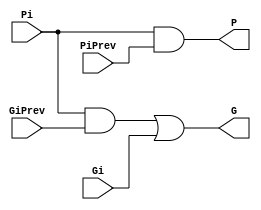

module BigCircle(output G, P, input Gi, Pi, GiPrev, PiPrev);
  
  wire e;
  and #(1) (e, Pi, GiPrev);
  or #(1) (G, e, Gi);
  and #(1) (P, Pi, PiPrev);
  
endmodule

module SmallCircle(output Ci, input Gi);
  
  buf #(1) (Ci, Gi);
  
endmodule

module Square(output G, P, input Ai, Bi);
  
  and #(1) (G, Ai, Bi);
  xor #(2) (P, Ai, Bi);
  
endmodule

module Triangle(output Si, input Pi, CiPrev);
  
  xor #(2) (Si, Pi, CiPrev);
  
endmodule

module KSA8(output [7:0] sum, output cout, input [7:0] a, b);
  
  wire cin = 1'b0;
  wire [7:0] c;
  wire [7:0] g, p;
  Square sq[7:0](g, p, a, b);

  // first line of circles
  wire [7:1] g2, p2;
  SmallCircle sc0_0(c[0], g[0]);
  BigCircle bc0[7:1](g2[7:1], p2[7:1], g[7:1], p[7:1], g[6:0], p[6:0]);
  
  // second line of circle
  wire [7:3] g3, p3;
  SmallCircle sc1[2:1](c[2:1], g2[2:1]);
  BigCircle bc1[7:3](g3[7:3], p3[7:3], g2[7:3], p2[7:3], g2[5:1], p2[5:1]);
    
  // third line of circle
  wire [7:7] g4, p4;
  SmallCircle sc2[6:3](c[6:3], g3[6:3]);
  BigCircle bc2_7(g4[7], p4[7], g3[7], p3[7], g3[3], p3[3]);

  // fourth line of circle
  SmallCircle sc3_7(c[7], g4[7]);

  // last line - triangles
  Triangle tr0(sum[0], p[0], cin);
  Triangle tr[7:1](sum[7:1], p[7:1], c[6:0]);
  
  // generate cout
  buf #(1) (cout, c[7]);
  
endmodule

module KSA16(output [15:0] sum, output cout, input [15:0] a, b);
  
  wire cin = 1'b0;
  wire [15:0] c;
  wire [15:0] g, p;
  Square sq[15:0](g, p, a, b);

  // first line of circles
  wire [15:1] g2, p2;
  SmallCircle sc0_0(c[0], g[0]);
  BigCircle bc0[15:1](g2[15:1], p2[15:1], g[15:1], p[15:1], g[14:0], p[14:0]);
  
  // second line of circle
  wire [15:3] g3, p3;
  SmallCircle sc1[2:1](c[2:1], g2[2:1]);
  BigCircle bc1[15:3](g3[15:3], p3[15:3], g2[15:3], p2[15:3], g2[13:1], p2[13:1]);
  
  // third line of circle
  wire [15:7] g4, p4;
  SmallCircle sc2[6:3](c[6:3], g3[6:3]);
  BigCircle bc2[15:7](g4[15:7], p4[15:7], g3[15:7], p3[15:7], g3[11:3], p3[11:3]);

  // fourth line of circle
  wire [15:15] g5, p5;
  SmallCircle sc3[14:7](c[14:7], g4[14:7]);
  BigCircle bc3_15(g5[15], p5[15], g4[15], p4[15], g4[7], p4[7]);  
  
  // fifth line of circle
  SmallCircle sc4_15(c[15], g5[15]);
  
  // last line - triangles
  Triangle tr0(sum[0], p[0], cin);
  Triangle tr[15:1](sum[15:1], p[15:1], c[14:0]);

  // generate cout
  buf #(1) (cout, c[15]);

endmodule

module KSA32(output [31:0] sum, output cout, input [31:0] a, b);
  
  wire cin = 1'b0;
  wire [31:0] c;
  wire [31:0] g, p;
  Square sq[31:0](g, p, a, b);

  // first line of circles
  wire [31:1] g2, p2;
  SmallCircle sc0_0(c[0], g[0]);
  BigCircle bc0[31:1](g2[31:1], p2[31:1], g[31:1], p[31:1], g[30:0], p[30:0]);

  // second line of circles
  wire [31:3] g3, p3;
  SmallCircle sc1[2:1](c[2:1], g2[2:1]);
  BigCircle bc1[31:3](g3[31:3], p3[31:3], g2[31:3], p2[31:3], g2[29:1], p2[29:1]);

  // third line of circles
  wire [31:7] g4, p4;
  SmallCircle sc2[6:3](c[6:3], g3[6:3]);
  BigCircle bc2[31:7](g4[31:7], p4[31:7], g3[31:7], p3[31:7], g3[27:3], p3[27:3]);

  // fourth line of circles
  wire [31:15] g5, p5;
  SmallCircle sc3[14:7](c[14:7], g4[14:7]);
  BigCircle bc3[31:15](g5[31:15], p5[31:15], g4[31:15], p4[31:15], g4[23:7], p4[23:7]);
        
  // fifth line of circles
  wire [31:31] g6, p6;
  SmallCircle sc4[30:15](c[30:15], g5[30:15]);
  BigCircle bc4_31(g6[31], p6[31], g5[31], p5[31], g5[15], p5[15]);
  
  // sixth line of circles
  SmallCircle sc5_31(c[31], g6[31]);
  
  // last line - triangless
  Triangle tr0(sum[0], p[0], cin);
  Triangle tr[31:1](sum[31:1], p[31:1], c[30:0]);

  // generate cout
  buf #(1) (cout, c[31]);

endmodule

module KSA64(output [63:0] sum, output cout, input [63:0] a, b);
  
  wire cin = 1'b0;
  wire [63:0] c;
  wire [63:0] g, p;
  Square sq[63:0](g, p, a, b);

  // first line of circles
  wire [63:1] g2, p2;
  SmallCircle sc0_0(c[0], g[0]);
  BigCircle bc0[63:1](g2[63:1], p2[63:1], g[63:1], p[63:1], g[62:0], p[62:0]);

  // second line of circles
  wire [63:3] g3, p3;
  SmallCircle sc1[2:1](c[2:1], g2[2:1]);
  BigCircle bc1[63:3](g3[63:3], p3[63:3], g2[63:3], p2[63:3], g2[61:1], p2[61:1]);
    
  // third line of circles
  wire [63:7] g4, p4;
  SmallCircle sc2[6:3](c[6:3], g3[6:3]);
  BigCircle bc2[63:7](g4[63:7], p4[63:7], g3[63:7], p3[63:7], g3[59:3], p3[59:3]);
  
  // fourth line of circles
  wire [63:15] g5, p5;
  SmallCircle sc3[14:7](c[14:7], g4[14:7]);
  BigCircle bc3[63:15](g5[63:15], p5[63:15], g4[63:15], p4[63:15], g4[55:7], p4[55:7]);
        
  // fifth line of circles
  wire [63:31] g6, p6;
  SmallCircle sc4[30:15](c[30:15], g5[30:15]);
  BigCircle bc4[63:31](g6[63:31], p6[63:31], g5[63:31], p5[63:31], g5[47:15], p5[47:15]);
  
  // sixth line of circles
  wire [63:63] g7, p7;
  SmallCircle sc5[62:31](c[62:31], g6[62:31]);  
  BigCircle bc4_63(g7[63], p7[63], g6[63], p6[63], g6[31], p6[31]);

  // seventh line of circles
  SmallCircle sc6(c[63], g7[63]);  

  // last line - triangles
  Triangle tr0(sum[0], p[0], cin);
  Triangle tr[63:1](sum[63:1], p[63:1], c[62:0]);

  // generate cout
  buf #(1) (cout, c[63]);

endmodule